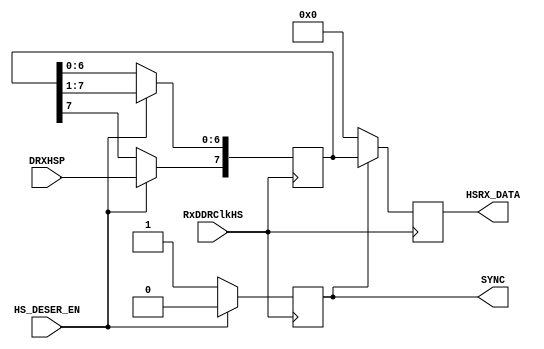
module deserializer(RxDDRClkHS, DRXHSP, HS_DESER_EN, HSRX_DATA, SYNC);

// inputs
parameter               WIDTH=8;
input                   RxDDRClkHS;  // half-rate clock, from RX clock lane.
input                   HS_DESER_EN; // "pay attension to incoming serial!"
input                   DRXHSP;      // 1-bit serial input.

// outputs
output [WIDTH-1:0]      HSRX_DATA;    // byte of deserialized data.
output                  SYNC;



reg [7:0] temp;


always @(posedge RxDDRClkHS)
	begin
		if(HS_DESER_EN == 1'b1)
			begin
				SYNC <= 1'b0;
				temp[6:0] <= temp[7:1];
				temp[7] <= DRXHSP;
			end
		else
			begin
				SYNC <= 1'b1;
			end
	end
	
always @(posedge RxDDRClkHS)
	begin
		if(SYNC == 1'b0)
			begin
				HSRX_DATA <= 8'b0;
			end
		else
			begin
				HSRX_DATA <= temp;
			end
	end
endmodule